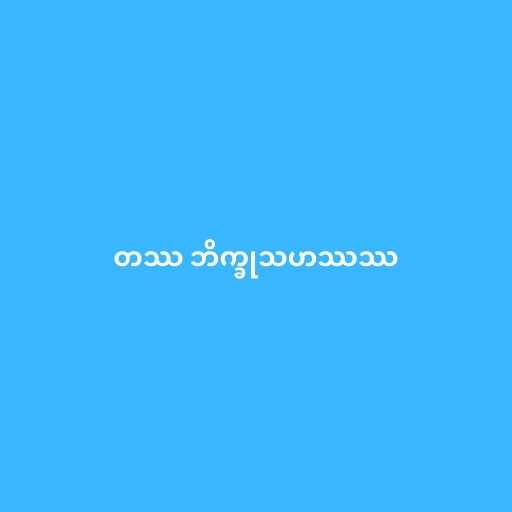
တဿ ဘိက္ခုသဟဿဿ